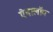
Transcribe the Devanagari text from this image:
ऐनालॉग